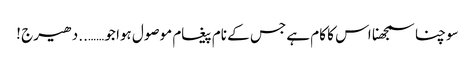
سوچنا سمجھنا اس کا کام ہے جس کے نام پیغام موصول ہوا جو ……..دھیرج !